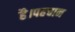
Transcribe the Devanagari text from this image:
है।पहचान